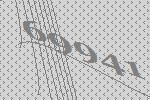
69941